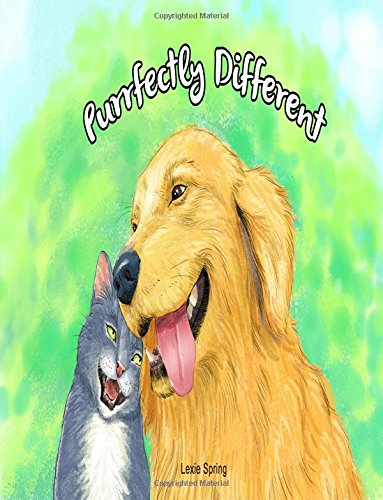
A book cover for Purrfectly Different; Alexis N. Spring; Crafts, Hobbies & Home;